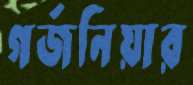
গর্জনিয়ার